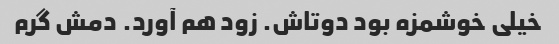
خیلی خوشمزه بود دوتاش. زود هم آورد. دمش گرم